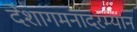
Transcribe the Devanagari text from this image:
देशागमनादरम्यान